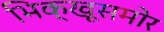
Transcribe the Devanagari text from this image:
भिक्खूसमोर